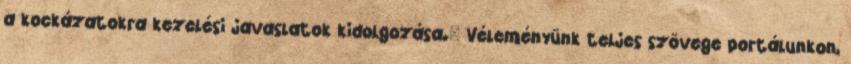
a kockázatokra kezelési javaslatok kidolgozása." Véleményünk teljes szövege portálunkon,